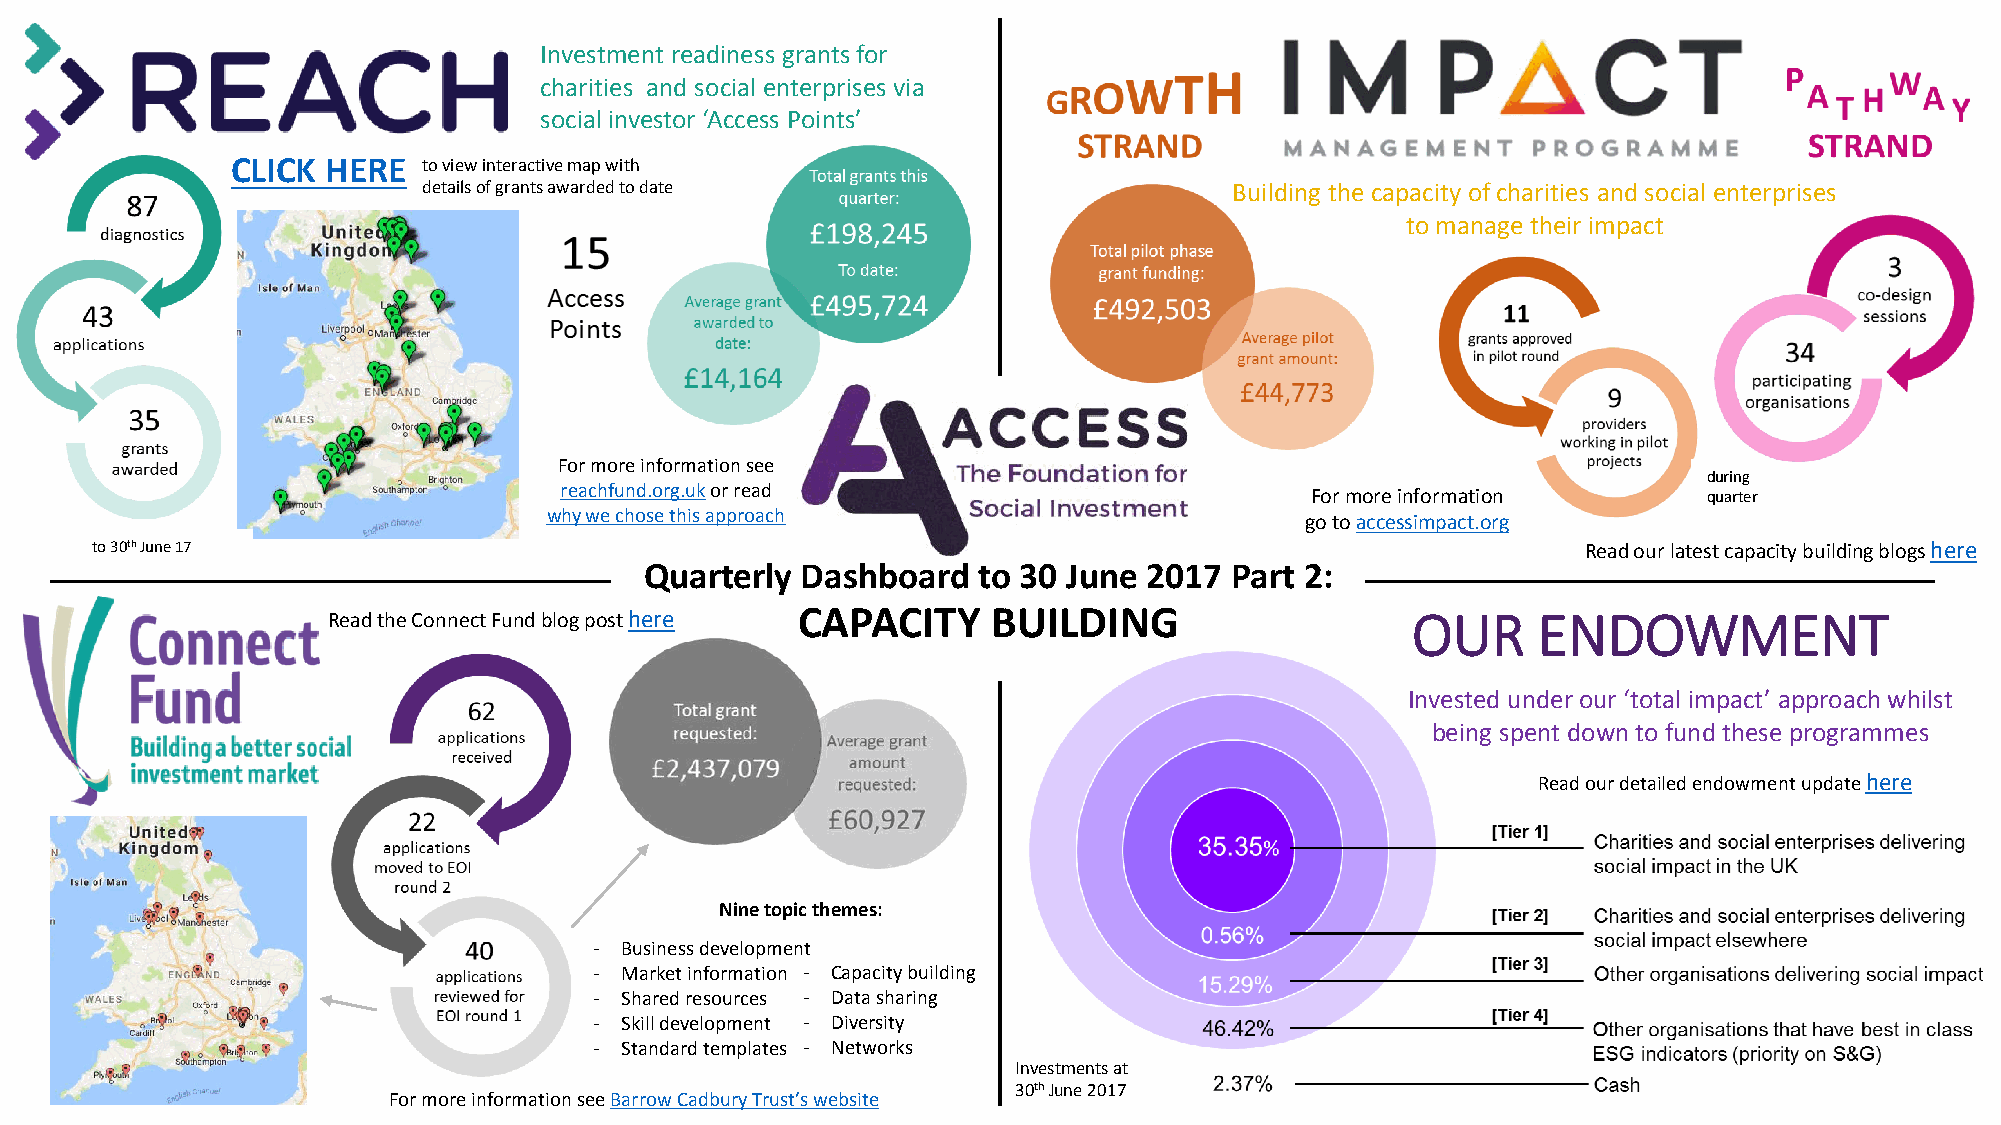
Investment readiness grants for
 charities and social enterprises via
 social investor ‘Access Points’
 CLICK  HERE  to view interactive map with
 details of grants awarded to date                     Building the capacity of charities and social enterprises
 to manage their impact
 For more informationsee
 during
 reachfund.org.ukor read                           For more information      quarter
 why we chose this approach
 go to accessimpact.org
 to 30thJune 17                                                                                     Read our latest capacity building blogs here
 Quarterly Dashboard   to 30 June 2017 Part 2:
 Read the Connect Fund blog post here CAPACITY BUILDING                 OUR      ENDOWMENT
 Invested under our ‘total impact’ approach whilst
 being spent down to fund these programmes
 Read our detailed endowment update here
 Nine topic themes:
 - Business development
 - Market information - Capacity building
 - Shared resources - Data sharing
 - Skill development - Diversity
 - Standard templates - Networks
 Investments at
 30thJune 2017
 For more informationsee Barrow Cadbury Trust’s website